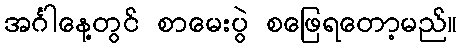
အင်္ဂါနေ့တွင် စာမေးပွဲ စဖြေရတော့မည်။